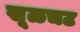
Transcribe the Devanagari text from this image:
खूळचट